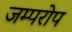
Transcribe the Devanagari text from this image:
जम्परोप